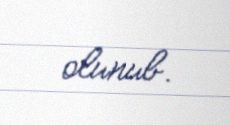
olunub.